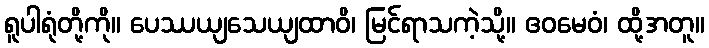
ရူပါရုံတို့ကို။ ပေဿယျသေယျထာဝိ၊ မြင်ရာသကဲ့သို့။ ဧဝမေဝံ၊ ထို့အတူ။